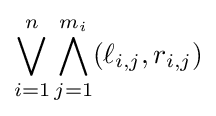
\bigvee _{i=1}^{n}\bigwedge _{j=1}^{m_{i}}(\ell _{i,j},r_{i,j})